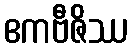
ဧကဗီဇိဿ